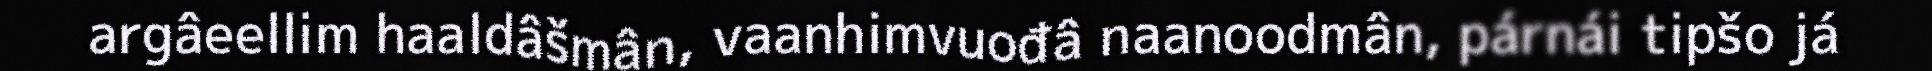
argâeellim haaldâšmân, vaanhimvuođâ naanoodmân, párnái tipšo já